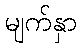
မျက်နှာ